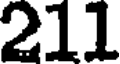
211